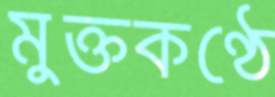
মুক্তকণ্ঠে